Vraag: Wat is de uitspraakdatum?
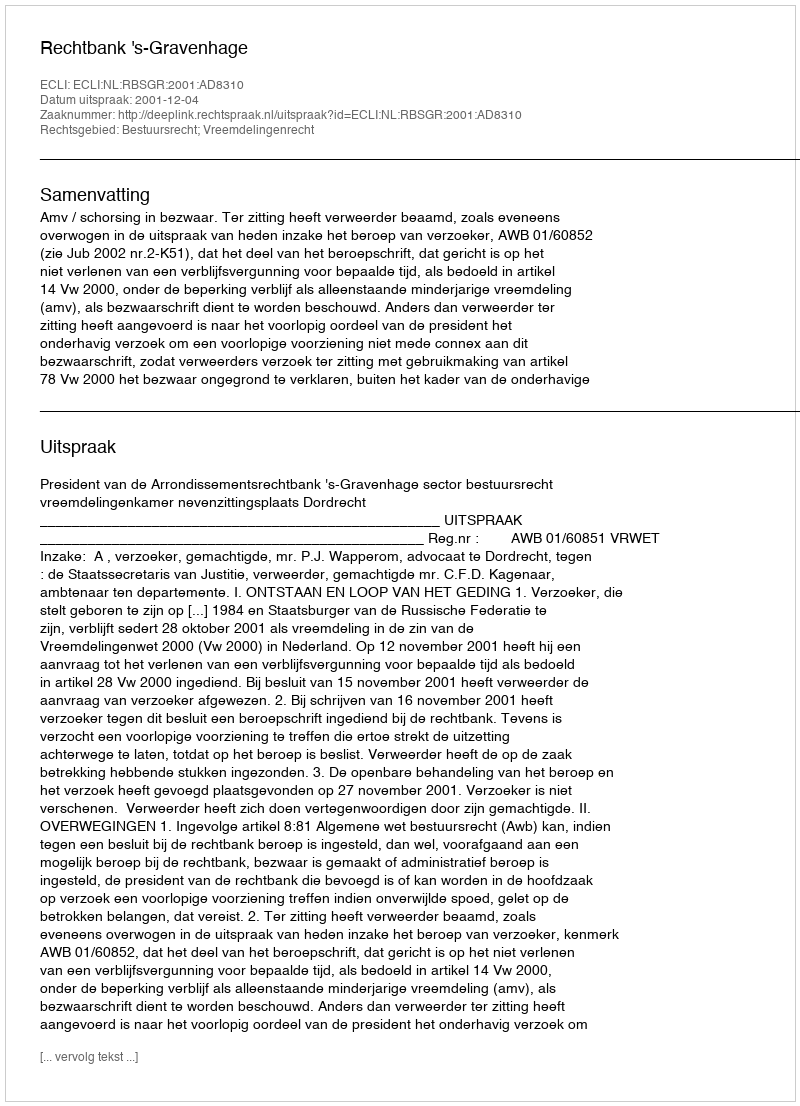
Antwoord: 2001-12-04